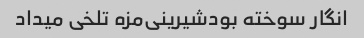
انگار سوخته بود‌شیرینی‌مزه تلخی میداد